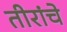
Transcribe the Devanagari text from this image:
तीरांचे